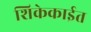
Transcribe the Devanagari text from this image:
शिकेकाईत